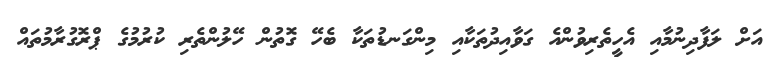
އަށް ލަފާދިނުމާއި އެހީތެރިވުންއެ ގަވާއިދުތަކާއި މިންގަނޑުތަކާ ބެހޭ ގޮތުން ހޭލުންތެރި ކުރުމުގެ ޕްރޮގުރާމުތައް